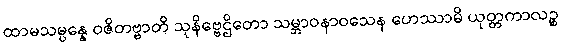
ထာမသမ္ပန္နေ ဝဇိတဗ္ဗာတိ သုနိဗ္ဗေဌိတော သမ္ဘာဝနာဝသေန ဟေဿာမိ ယုတ္တကာလဉ္စ